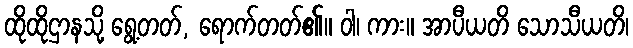
ထိုထိုဌာနသို့ ရွေ့တတ်, ရောက်တတ်၏။ ဝါ၊ ကား။ အာပီယတိ သောသီယတိ၊